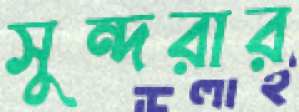
সুন্দরার